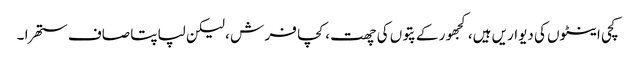
کچی اینٹوں کی دیواریں ہیں، کجھور کے پتوں کی چھت ، کچا فر ش ، لیکن لپاپتا صاف ستھرا ۔